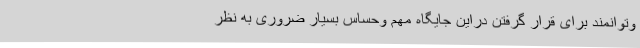
وتوانمند برای قرار گرفتن دراین جایگاه مهم وحساس بسیار ضروری به نظر